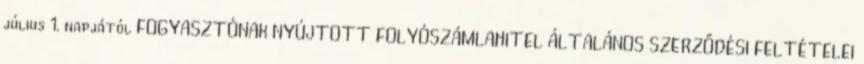
július 1. napjától FOGYASZTÓNAK NYÚJTOTT FOLYÓSZÁMLAHITEL ÁLTALÁNOS SZERZŐDÉSI FELTÉTELEI